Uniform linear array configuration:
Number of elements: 4
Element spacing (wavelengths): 0.75
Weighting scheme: hann
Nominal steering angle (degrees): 60
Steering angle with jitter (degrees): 59.088
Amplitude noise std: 0.05
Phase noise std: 0.05

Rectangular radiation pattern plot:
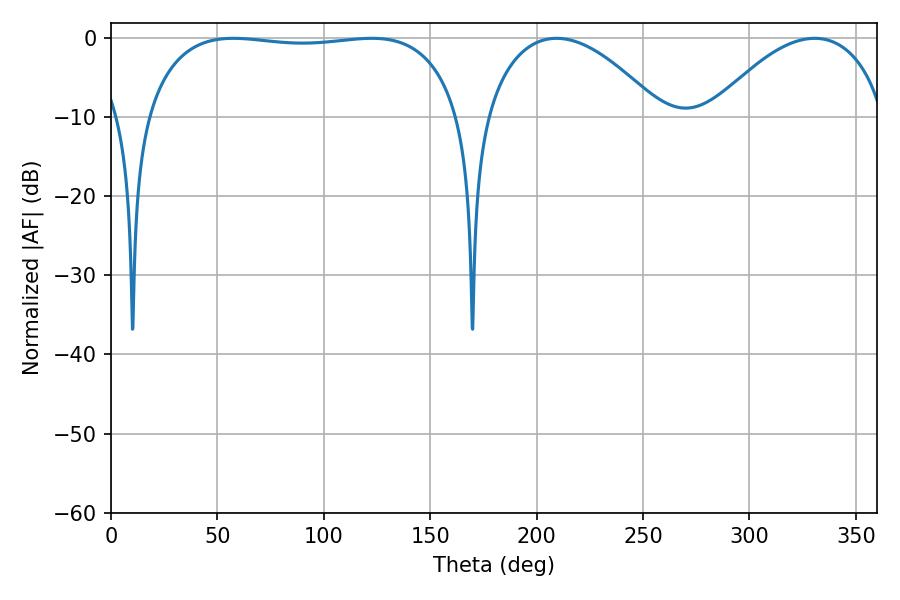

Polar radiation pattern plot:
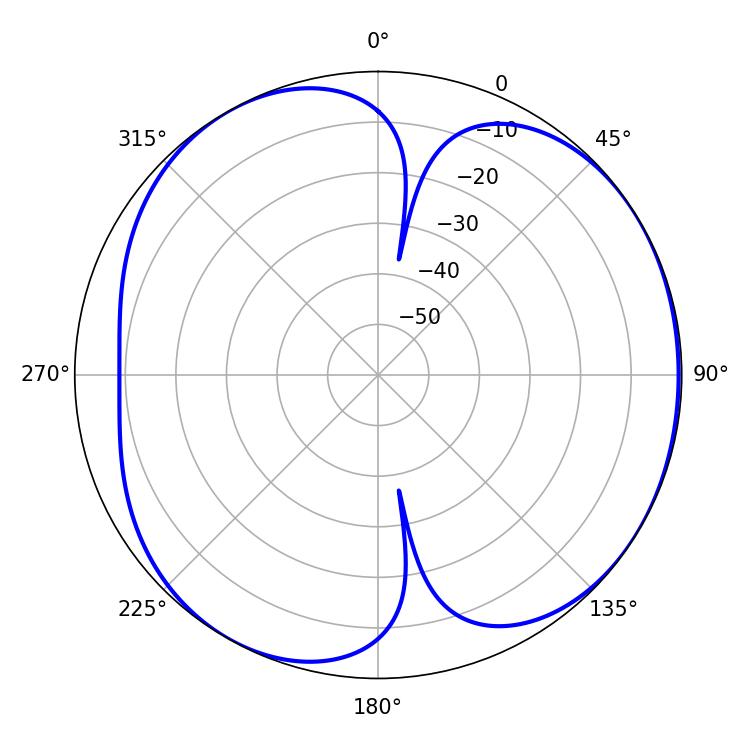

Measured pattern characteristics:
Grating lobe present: TRUE
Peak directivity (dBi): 4.858
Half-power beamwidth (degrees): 46.26
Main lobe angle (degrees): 209.34